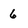
Character: 6